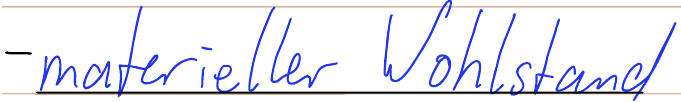
- materieller Wohlstand